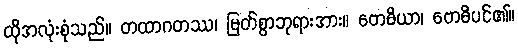
ထိုအလုံးစုံသည်။ တထာဂတဿ၊ မြတ်စွာဘုရားအား။ ဗောဓိယာ၊ ဗောဓိပင်၏။